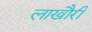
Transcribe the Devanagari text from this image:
लाखौरी